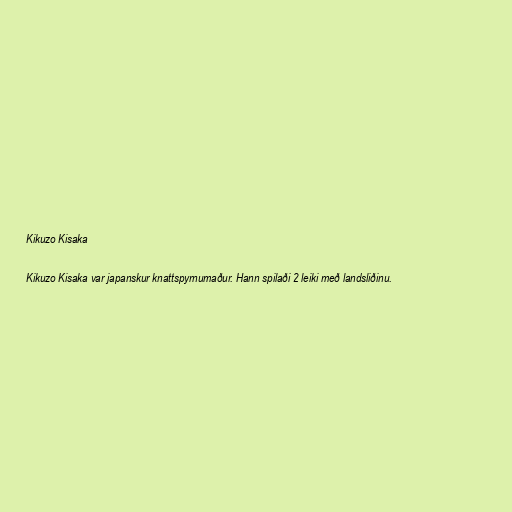
Kikuzo Kisaka

Kikuzo Kisaka var japanskur knattspyrnumaður. Hann spilaði 2 leiki með landsliðinu.